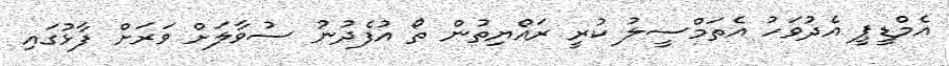
އެމްޑީޕީ އެދުވަހު އެތަމްސީލު ކުރީ ރައްޔިތުން ތޯ އުފެދުނު ސުވާލަށް ވަރަށް ފާޅުގައި